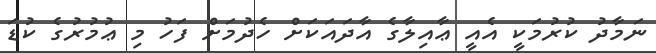
ނަމާދު ކުރުމަކީ އެއީ ޢާއިލާގެ އާދައަކަށް ހެދުމަށް ފަހު މި ޢުމުރުގެ ކުޑަ